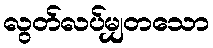
လွတ်လပ်မျှတသော